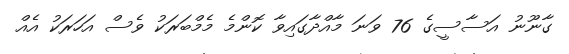
ގާނޫނު އަސާސީގެ 76 ވަނަ މާއްދާގައިވާ ކޮންމެ މެމްބަރަކު ވެސް އަހަރަކު އެއް